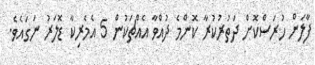
ފާލަން ހުރަސްކޮށް ދަތުރުކުރާ ކޮންމެ ދުއްވާ އެއްޗަކުން 5 އެމެރިކާ ޑޮލަރު ނަގައެވެ.